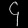
Digit: ၄